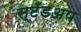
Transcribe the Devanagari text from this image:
स्टँडअप